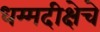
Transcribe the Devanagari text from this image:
धम्मदीक्षेचे